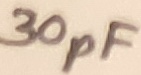
Text: 30pF